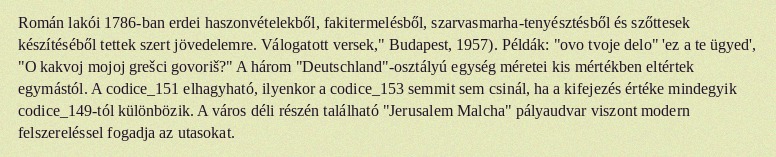
Román lakói 1786-ban erdei haszonvételekből, fakitermelésből, szarvasmarha-tenyésztésből és szőttesek készítéséből tettek szert jövedelemre. Válogatott versek," Budapest, 1957). Példák: "ovo tvoje delo" 'ez a te ügyed', "O kakvoj mojoj grešci govoriš?" A három "Deutschland"-osztályú egység méretei kis mértékben eltértek egymástól. A codice_151 elhagyható, ilyenkor a codice_153 semmit sem csinál, ha a kifejezés értéke mindegyik codice_149-tól különbözik. A város déli részén található "Jerusalem Malcha" pályaudvar viszont modern felszereléssel fogadja az utasokat.